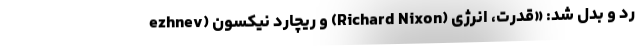
ezhnev) و ریچارد نیکسون (Richard Nixon) ردُ و بدل شد: «قدرت، انرژی